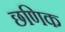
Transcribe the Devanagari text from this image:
छणिक